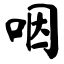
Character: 咽